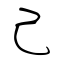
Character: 己